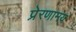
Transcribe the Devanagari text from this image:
प्रेरणामय